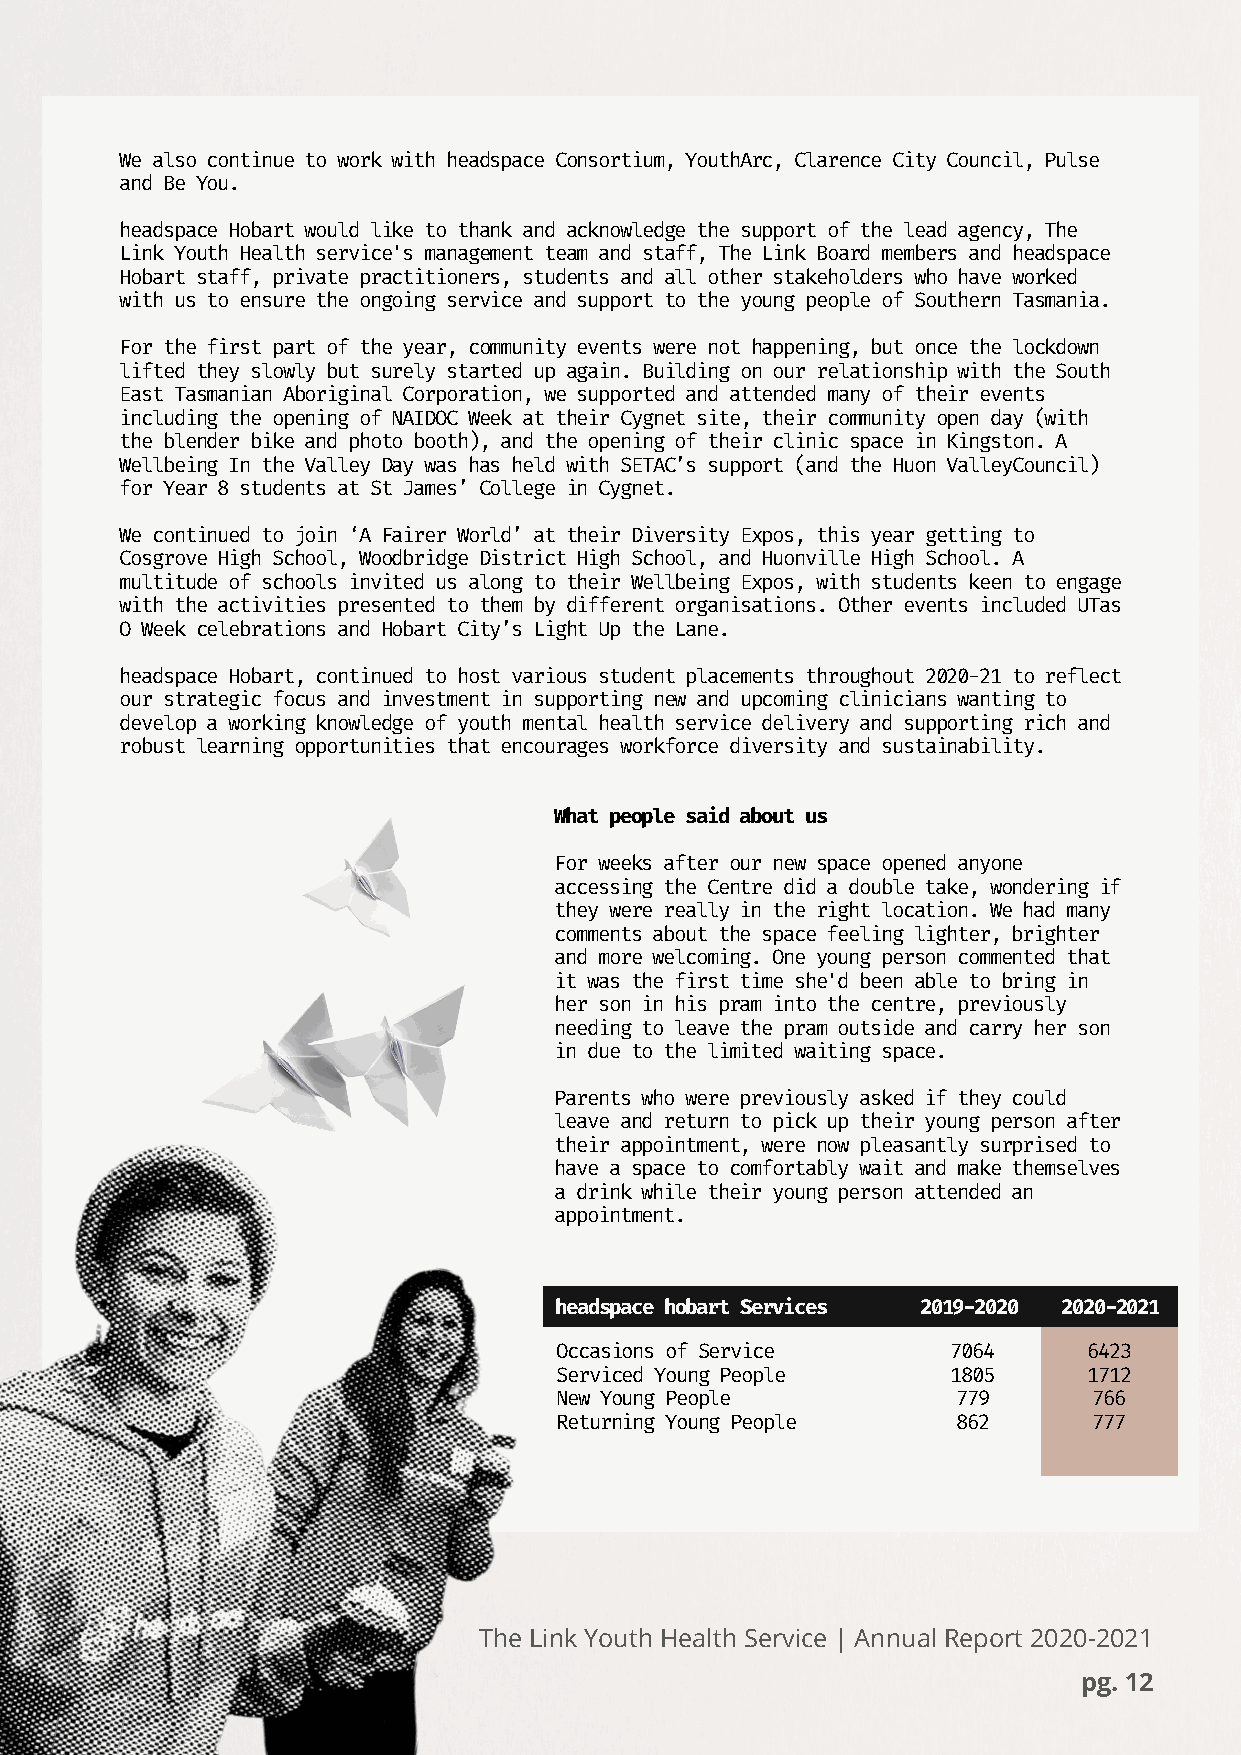
We also continue to work with headspace Consortium, YouthArc, Clarence City Council, Pulse
 and Be You.
 headspace Hobart would like to thank and acknowledge the support of the lead agency, The
 Link Youth Health service's management team and staff, The Link Board members and headspace
 Hobart staff, private practitioners, students and all other stakeholders who have worked
 with us to ensure the ongoing service and support to the young people of Southern Tasmania.
 For the first part of the year, community events were not happening, but once the lockdown
 lifted they slowly but surely started up again. Building on our relationship with the South
 East Tasmanian Aboriginal Corporation, we supported and attended many of their events
 including the opening of NAIDOC Week at their Cygnet site, their community open day (with
 the blender bike and photo booth), and the opening of their clinic space in Kingston. A
 Wellbeing In the Valley Day was has held with SETAC’s support (and the Huon ValleyCouncil)
 for Year 8 students at St James’ College in Cygnet.
 We continued to join ‘A Fairer World’ at their Diversity Expos, this year getting to
 Cosgrove High School, Woodbridge District High School, and Huonville High School. A
 multitude of schools invited us along to their Wellbeing Expos, with students keen to engage
 with the activities presented to them by different organisations. Other events included UTas
 O Week celebrations and Hobart City’s Light Up the Lane.
 headspace Hobart, continued to host various student placements throughout 2020-21 to reflect
 our strategic focus and investment in supporting new and upcoming clinicians wanting to
 develop a working knowledge of youth mental health service delivery and supporting rich and
 robust learning opportunities that encourages workforce diversity and sustainability.
 What people said about us
 For weeks after our new space opened anyone
 accessing the Centre did a double take, wondering if
 they were really in the right location. We had many
 comments about the space feeling lighter, brighter
 and more welcoming. One young person commented that
 it was the first time she'd been able to bring in
 her son in his pram into the centre, previously
 needing to leave the pram outside and carry her son
 in due to the limited waiting space.
 Parents who were previously asked if they could
 leave and return to pick up their young person after
 their appointment, were now pleasantly surprised to
 have a space to comfortably wait and make themselves
 a drink while their young person attended an
 appointment.
 headspace hobart Services 2019-2020 2020-2021
 Occasions of Service      7064     6423
 Serviced Young People     1805     1712
 New Young People          779      766
 Returning Young People    862      777
 The Link Youth Health Service | Annual Report 2020-2021
 pg. 12